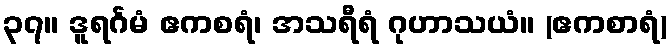
၃၇။ ဒူရင်္ဂမံ ဧကစရံ၊ အသရီရံ ဂုဟာသယံ။ (ဧကစာရံ)